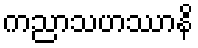
ကညာသဟဿာနိ